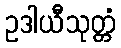
ဥဒါယီသုတ္တံ